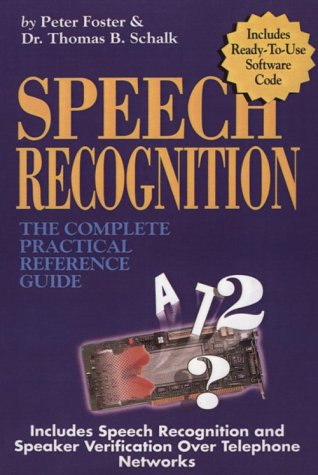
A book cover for Speech Recognition; Peter Foster; Computers & Technology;